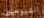
الشيوعيين